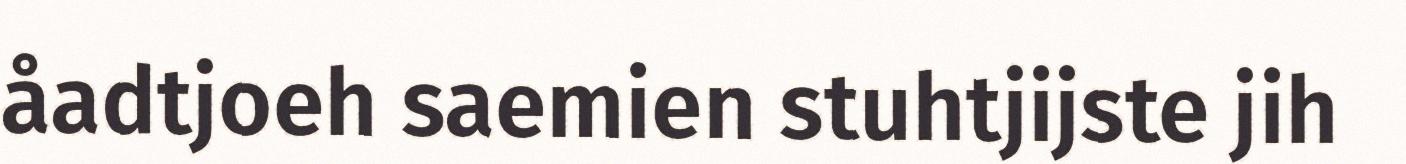
åadtjoeh saemien stuhtjijste jih